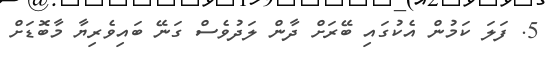
5. ފަލަ ކަމުން އެކުގައި ބޭރަށް ދާން ލަދުވެސް ގަނޭ ބައިވެރިޔާ މާބޮޑަށް